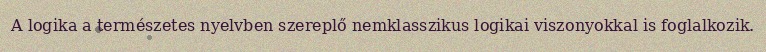
A logika a természetes nyelvben szereplő nemklasszikus logikai viszonyokkal is foglalkozik.